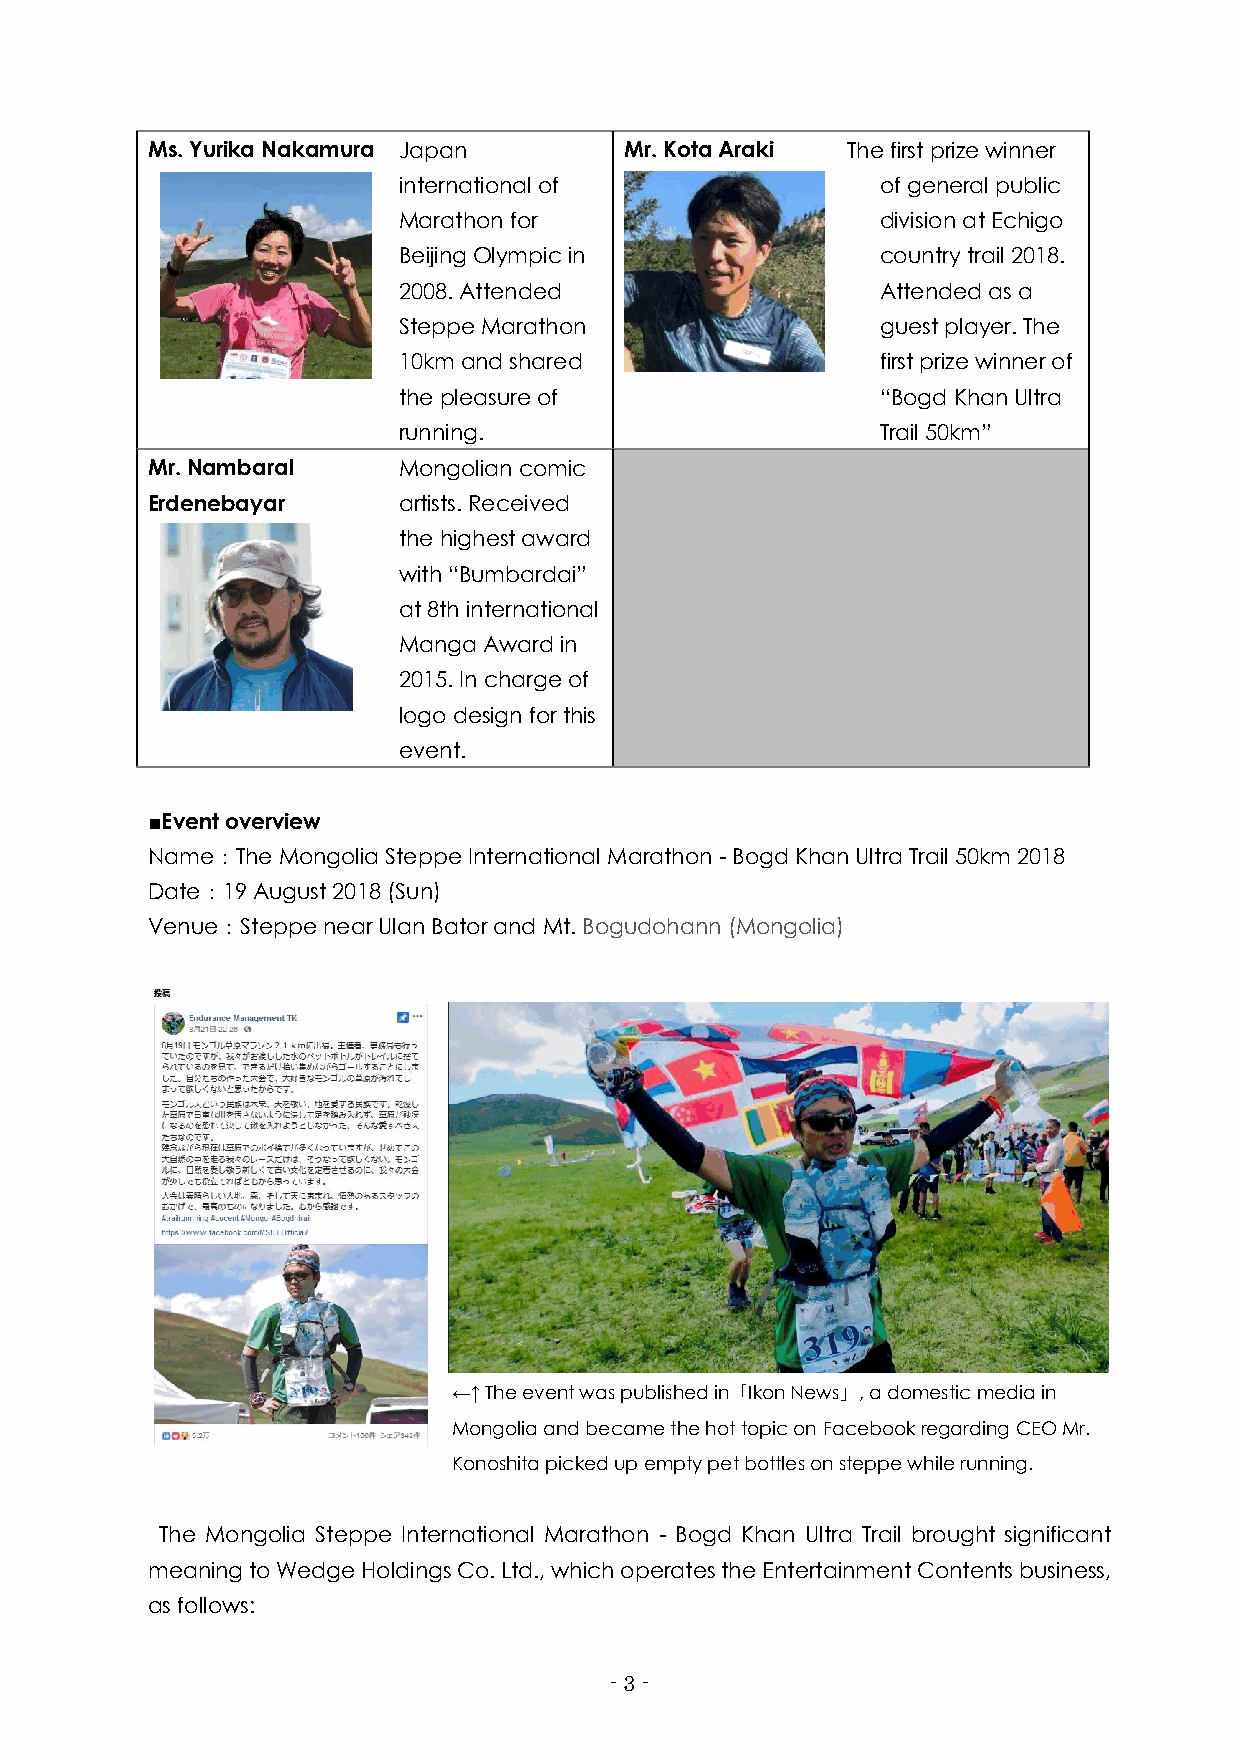
Ms. Yurika Nakamura Japan      Mr. Kota Araki The first prize winner
 international of                of general public
 Marathon for                    division at Echigo
 Beijing Olympic in              country trail 2018.
 2008. Attended                  Attended as a
 Steppe Marathon                 guest player. The
 10km and shared                 first prize winner of
 the pleasure of                 “Bogd Khan Ultra
 running.                        Trail 50km”
 Mr. Nambaral    Mongolian comic
 Erdenebayar     artists. Received
 the highest award
 with “Bumbardai”
 at 8th international
 Manga Award in
 2015. In charge of
 logo design for this
 event.
 ■Event overview
 Name：The Mongolia Steppe International Marathon - Bogd Khan Ultra Trail 50km 2018
 Date：19 August 2018 (Sun)
 Venue：Steppe near Ulan Bator and Mt. Bogudohann (Mongolia)
 ←↑ The event was published in「Ikon News」, a domestic media in
 Mongolia and became the hot topic on Facebook regarding CEO Mr.
 Konoshita picked up empty pet bottles on steppe while running.
 The Mongolia Steppe International Marathon - Bogd Khan Ultra Trail brought significant
 meaning to Wedge Holdings Co. Ltd., which operates the Entertainment Contents business,
 as follows:
 - 3 -